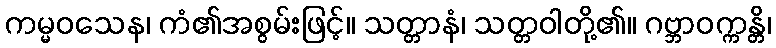
ကမ္မဝသေန၊ ကံ၏အစွမ်းဖြင့်။ သတ္တာနံ၊ သတ္တဝါတို့၏။ ဂဗ္ဘာဝက္ကန္တိ၊